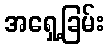
အရှေ့ခြမ်း